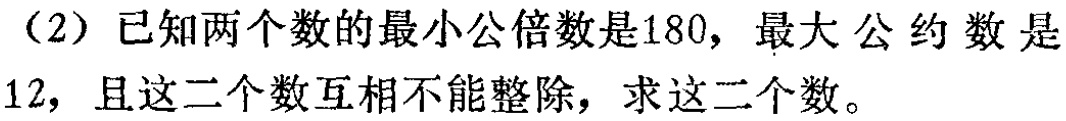
（2）已知两个数的最小公倍数是180，最大公约数是12，且这二个数互相不能整除，求这二个数。